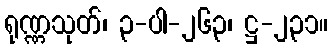
ရုဏ္ဏသုတ်၊ ၃-ပါ-၂၆၃၊ ဋ္ဌ-၂၃၁။